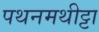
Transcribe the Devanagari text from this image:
पथनमथीट्टा